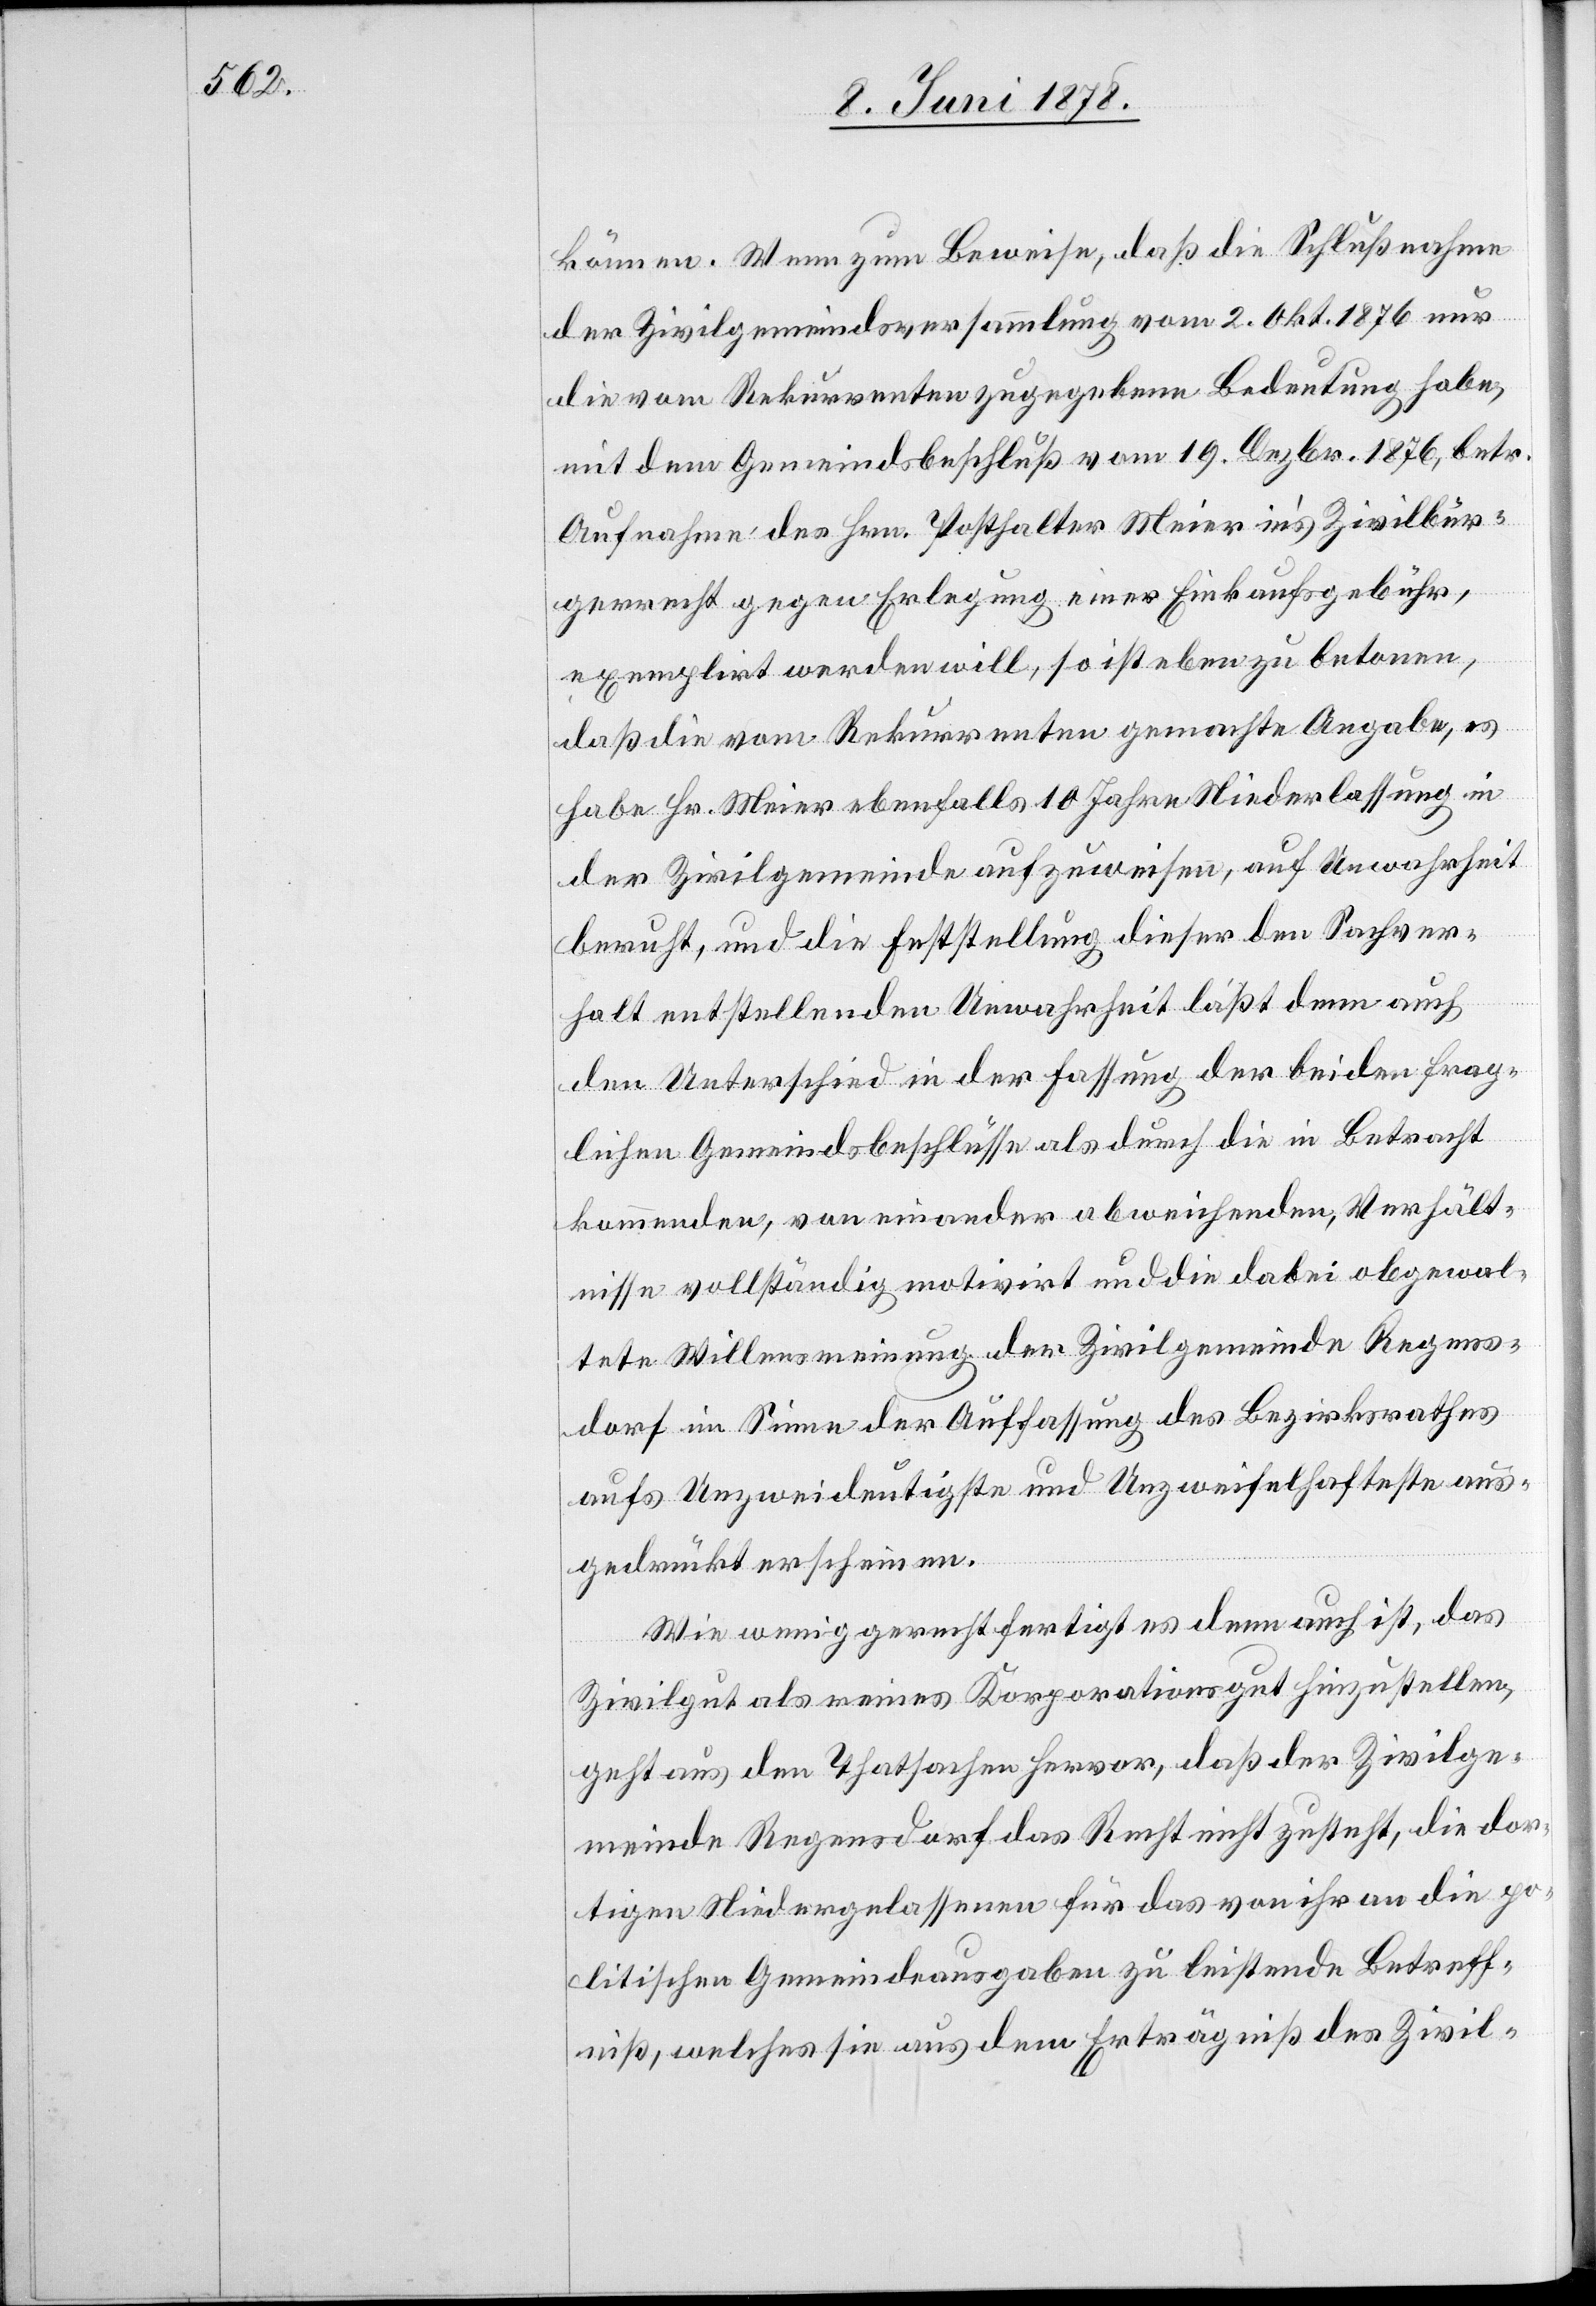
können. Wenn zum Beweise, daß die Schlußnahme
der Zivilgemeindsversammlung vom 2. Okt. 1876 nur
die vom Rekurrenten zugegebenen Bedeutung habe,
mit dem Gemeindsbeschluß vom 19. Dezbr. 1876, betr.
Aufnahme des Hrn. Posthalter Meier in’s Zivilbür¬
gerrecht gegen Erlegung einer Einkaufsgebühr,
exemplirt werden will, so ist eben zu betonen,
daß die vom Rekurrenten gemachte Angabe, es
habe Hr. Meier ebenfalls 10 Jahre Niederlassung in
der Zivilgemeinde aufzuweisen, auf Unwahrheit
beruht, und die Feststellung dieser den Sachver¬
halt entstellenden Unwahrheit läßt denn auch
den Unterschied in der Fassung der beiden frag¬
lichen Gemeindsbeschlüsse als durch die in Betracht
kommenden, von einander abweichenden, Verhält¬
nisse vollständig motivirt und die dabei obgewal¬
tete Willensmeinung der Zivilgemeinde Regens¬
dorf im Sinne der Auffassung des Bezirksrathes
aufs Unzweideutigste und Unzweifelhafteste aus¬
gedrückt erscheinen.
Wie wenig gerechtfertigt es denn auch ist, das
Zivilgut als reines Korporationsgut hinzustellen,
geht aus den Thatsachen hervor, daß der Zivilge¬
meinde Regensdorf das Recht nicht zusteht, die dor¬
tigen Niedergelassenen für das von ihr an die po¬
litischen Gemeindeausgaben zu leistende Betreff¬
niß, welches sie aus dem Erträgniß des Zivil-